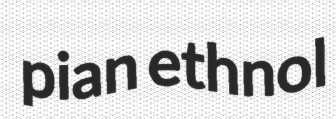
pian ethnol